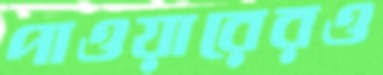
পাওয়ারেরও